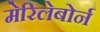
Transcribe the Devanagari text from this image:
मेरिलेबोर्न